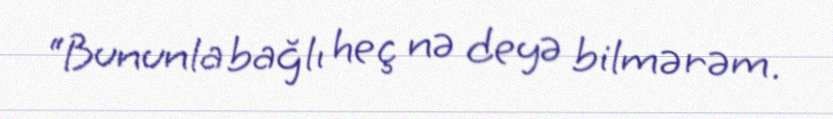
“Bununla bağlı heç nə deyə bilmərəm.